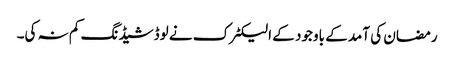
رمضان کی آمد کے باوجود کے الیکٹرک نے لوڈشیڈنگ کم نہ کی۔